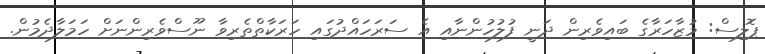
ޕޮލިސް: މުޒާހަރާގެ ބައިވެރިން ދަނީ ފުލުހުންނާއި އެ ސަރަހައްދުގައި ހަރަކާތްތެރިވާ ނޫސްވެރިންނަށް ހަމަލާދެމުން.